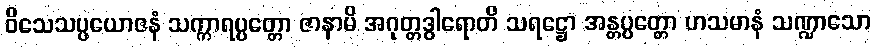
ဝိသေသပ္ပယောဇနံ သက္ကာရပ္ပတ္တော ဇာနာမိ အဂုတ္တဒွါရောတိ သရဋ္ဌော အန္တပ္ပတ္တော ဟသမာနံ သဏ္ဍာသော